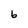
Character: b